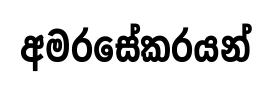
අමරසේකරයන්